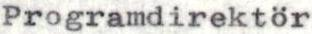
Programdirektör